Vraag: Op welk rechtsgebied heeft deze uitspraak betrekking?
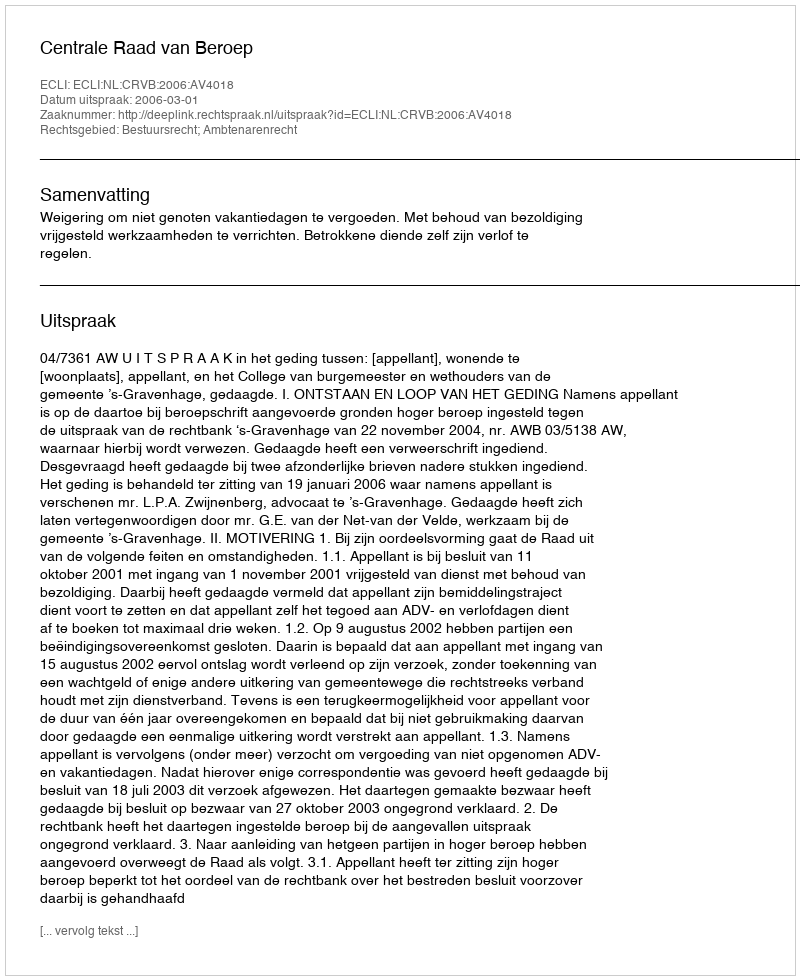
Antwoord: Bestuursrecht; Ambtenarenrecht